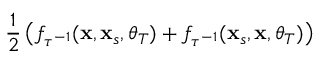
\frac { 1 } { 2 } \left( f _ { \tau ^ { - 1 } } ( \mathbf { x } , \mathbf { x } _ { s } , \boldsymbol { \theta } _ { T } ) + f _ { \tau ^ { - 1 } } ( \mathbf { x } _ { s } , \mathbf { x } , \boldsymbol { \theta } _ { T } ) \right)